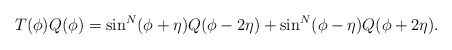
\begin{align*}T(\phi) Q(\phi) = \sin^N(\phi+\eta) Q(\phi-2\eta) +\sin^N(\phi-\eta) Q(\phi+2\eta).\end{align*}